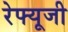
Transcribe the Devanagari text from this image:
रेफ्यूजी